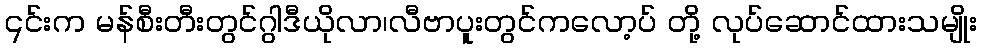
၎င်းက မန်စီးတီးတွင်ဂွါဒီယိုလာ၊လီဗာပူးတွင်ကလော့ပ် တို့ လုပ်ဆောင်ထားသမျိုး